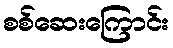
စစ်ဆေးကြောင်း